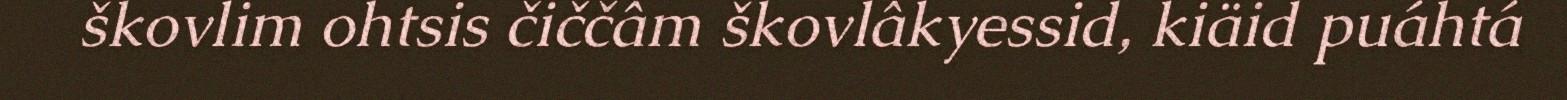
škovlim ohtsis čiččâm škovlâkyessid, kiäid puáhtá